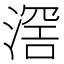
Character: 滘